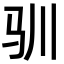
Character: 驯